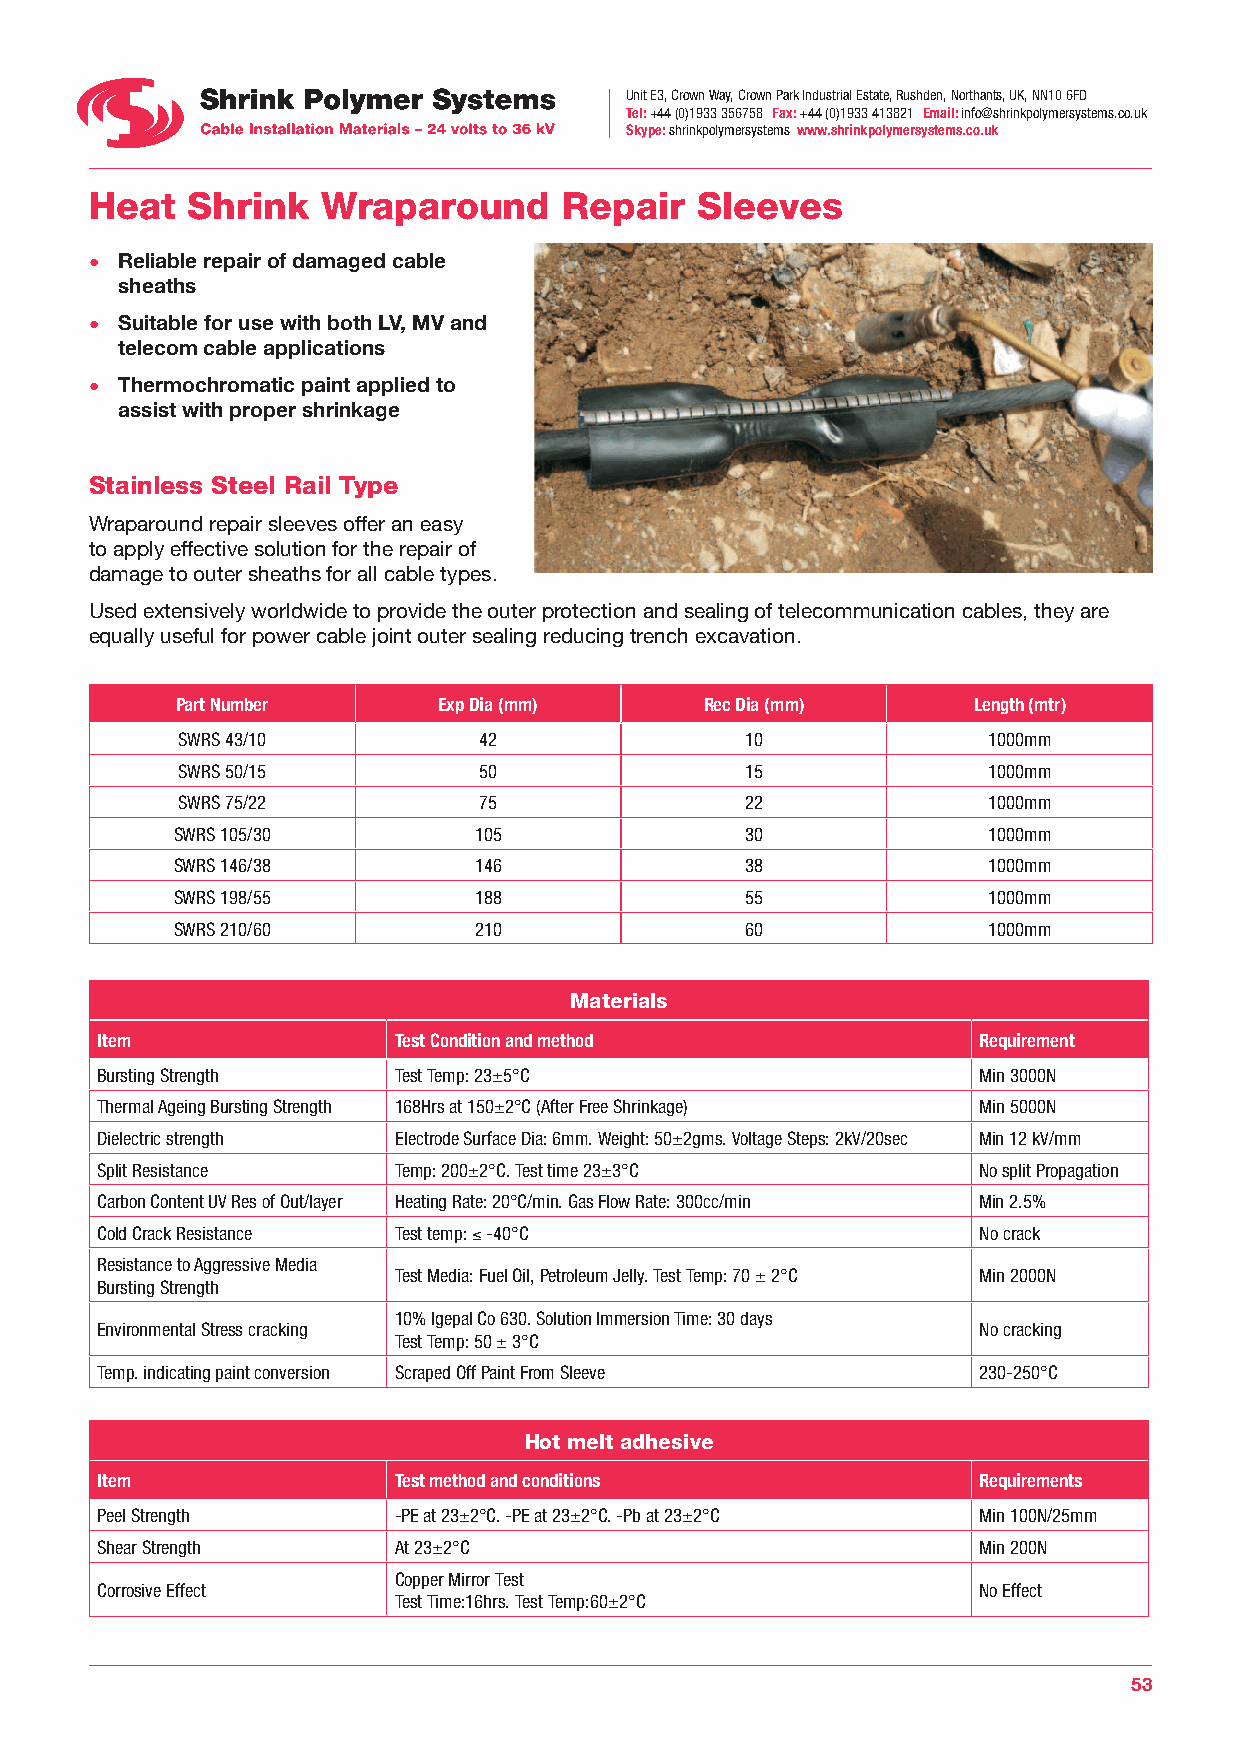
Unit E3, Crown Way, Crown Park Industrial Estate, Rushden, Northants, UK, NN10 6FD
 Tel: +44 (0)1933 356758 Fax: +44 (0)1933 413821 Email: info@shrinkpolymersystems.co.uk
 Skype: shrinkpolymersystems www.shrinkpolymersystems.co.uk
 Heat  Shrink   Wraparound      Repair   Sleeves
 • Reliable repair of damaged cable
 sheaths
 • Suitable for use with both LV, MV and
 telecom cable applications
 • Thermochromatic paint applied to
 assist with proper shrinkage
 Stainless Steel Rail Type
 Wraparound repair sleeves offer an easy
 to apply effective solution for the repair of
 damage to outer sheaths for all cable types.
 Used extensively worldwide to provide the outer protection and sealing of telecommunication cables, they are
 equally useful for power cable joint outer sealing reducing trench excavation.
 Part Number      Exp Dia (mm)      Rec Dia (mm)     Length (mtr)
 SWRS 43/10          42               10              1000mm
 SWRS 50/15          50               15              1000mm
 SWRS 75/22          75               22              1000mm
 SWRS 105/30         105               30              1000mm
 SWRS 146/38         146               38              1000mm
 SWRS 198/55         188               55              1000mm
 SWRS 210/60         210               60              1000mm
 Materials
 Item                Test Condition and method              Requirement
 Bursting Strength   Test Temp: 23±5°C                      Min 3000N
 Thermal Ageing Bursting Strength 168Hrs at 150±2°C (After Free Shrinkage) Min 5000N
 Dielectric strength Electrode Surface Dia: 6mm. Weight: 50±2gms. Voltage Steps: 2kV/20sec Min 12 kV/mm
 Split Resistance    Temp: 200±2°C. Test time 23±3°C        No split Propagation
 Carbon Content UV Res of Out/layer Heating Rate: 20°C/min. Gas Flow Rate: 300cc/min Min 2.5%
 Cold Crack Resistance Test temp: ≤ -40°C                   No crack
 Resistance to Aggressive Media
 Test Media: Fuel Oil, Petroleum Jelly. Test Temp: 70 ± 2°C Min 2000N
 Bursting Strength
 10% Igepal Co 630. Solution Immersion Time: 30 days
 Environmental Stress cracking                              No cracking
 Test Temp: 50 ± 3°C
 Temp. indicating paint conversion Scraped Off Paint From Sleeve 230-250°C
 Hot melt adhesive
 Item                Test method and conditions             Requirements
 Peel Strength       -PE at 23±2°C. -PE at 23±2°C. -Pb at 23±2°C Min 100N/25mm
 Shear Strength      At 23±2°C                              Min 200N
 Copper Mirror Test
 Corrosive Effect                                           No Effect
 Test Time:16hrs. Test Temp:60±2°C
 53